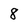
Character: 8